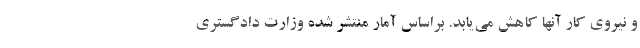
و نیروی کار آنها کاهش می‌یابد. براساس آمار منتشر شده وزارت دادگستری